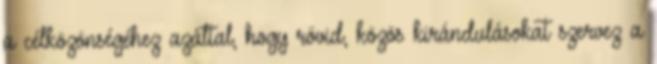
a célközönségéhez azáltal, hogy rövid, közös kirándulásokat szervez a